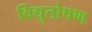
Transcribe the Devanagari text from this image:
विद्युत्प्रेषण